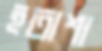
হতাশা